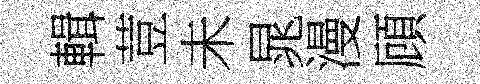
輯荳未晁漫頋